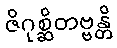
ဇိဂုစ္ဆိတဗ္ဗန္တိ